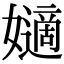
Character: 𡣪